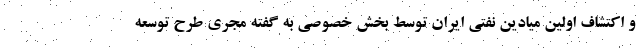
و اکتشاف اولین میادین نفتی ایران توسط بخش خصوصی به گفته مجری طرح توسعه